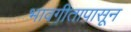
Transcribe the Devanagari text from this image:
भावगीतापासून